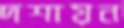
দশায়ন